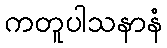
ကတူပါသနာနံ